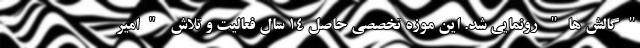
"گالش ها" رونمایی شد. این موزه تخصصی حاصل ۱۴ سال فعالیت و تلاش "امیر